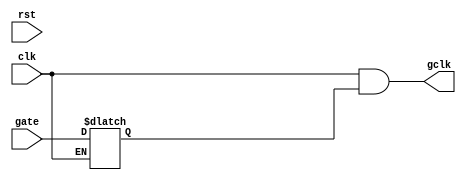
module clk_gate(
   input clk,
   input rst,
   input gate,
   output gclk
);
   reg gate_en;

   always @(*) begin
      if (!clk) gate_en <= gate;
   end

   assign gclk = clk && gate_en;
endmodule